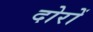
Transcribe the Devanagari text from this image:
दोरों